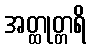
အတ္ထုတ္တရိ